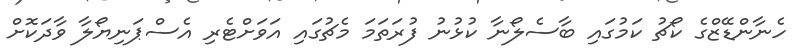
ހެނާންޑޭޒްގެ ކޯޗު ކަމުގައި ބާސެލޯނާ ކުޅުނު ފުރަތަމަ މެޗުގައި އަވަށްޓެރި އެސްޕަނިޔޯލާ ވާދަކޮށް